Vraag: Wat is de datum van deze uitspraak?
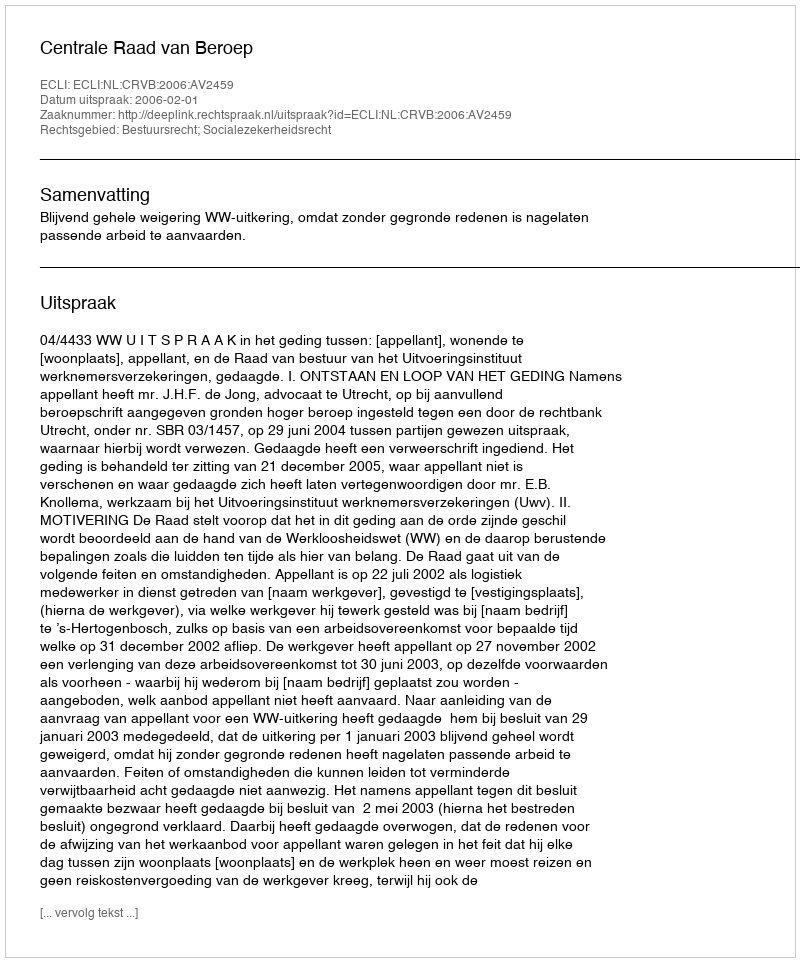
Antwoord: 2006-02-01